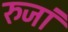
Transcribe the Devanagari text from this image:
रुजां